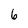
Character: 6